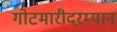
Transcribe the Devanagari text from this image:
गोटमारीदरम्यान